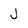
Character: j